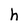
Character: h